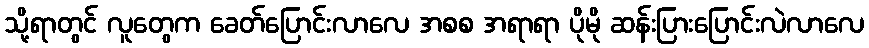
သို့ရာတွင် လူတွေက ခေတ်ပြောင်းလာလေ အစစ အရာရာ ပိုမို ဆန်းပြားပြောင်းလဲလာလေ